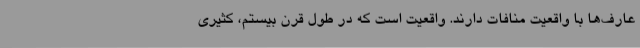
عارف‌ها با واقعیت منافات دارند. واقعیت است که در طول قرن بیستم، کثیری